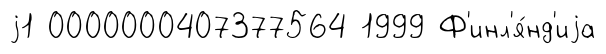
j1 0000000407377564 1999 Ф'инл'я́нд'иjа